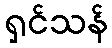
ရှင်သန်